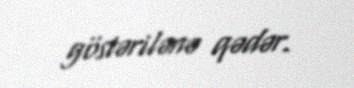
göstərilənə qədər.